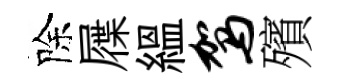
除屧緼驾殯